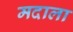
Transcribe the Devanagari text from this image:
मदाला